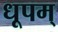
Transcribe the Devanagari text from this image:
धूपम्‌